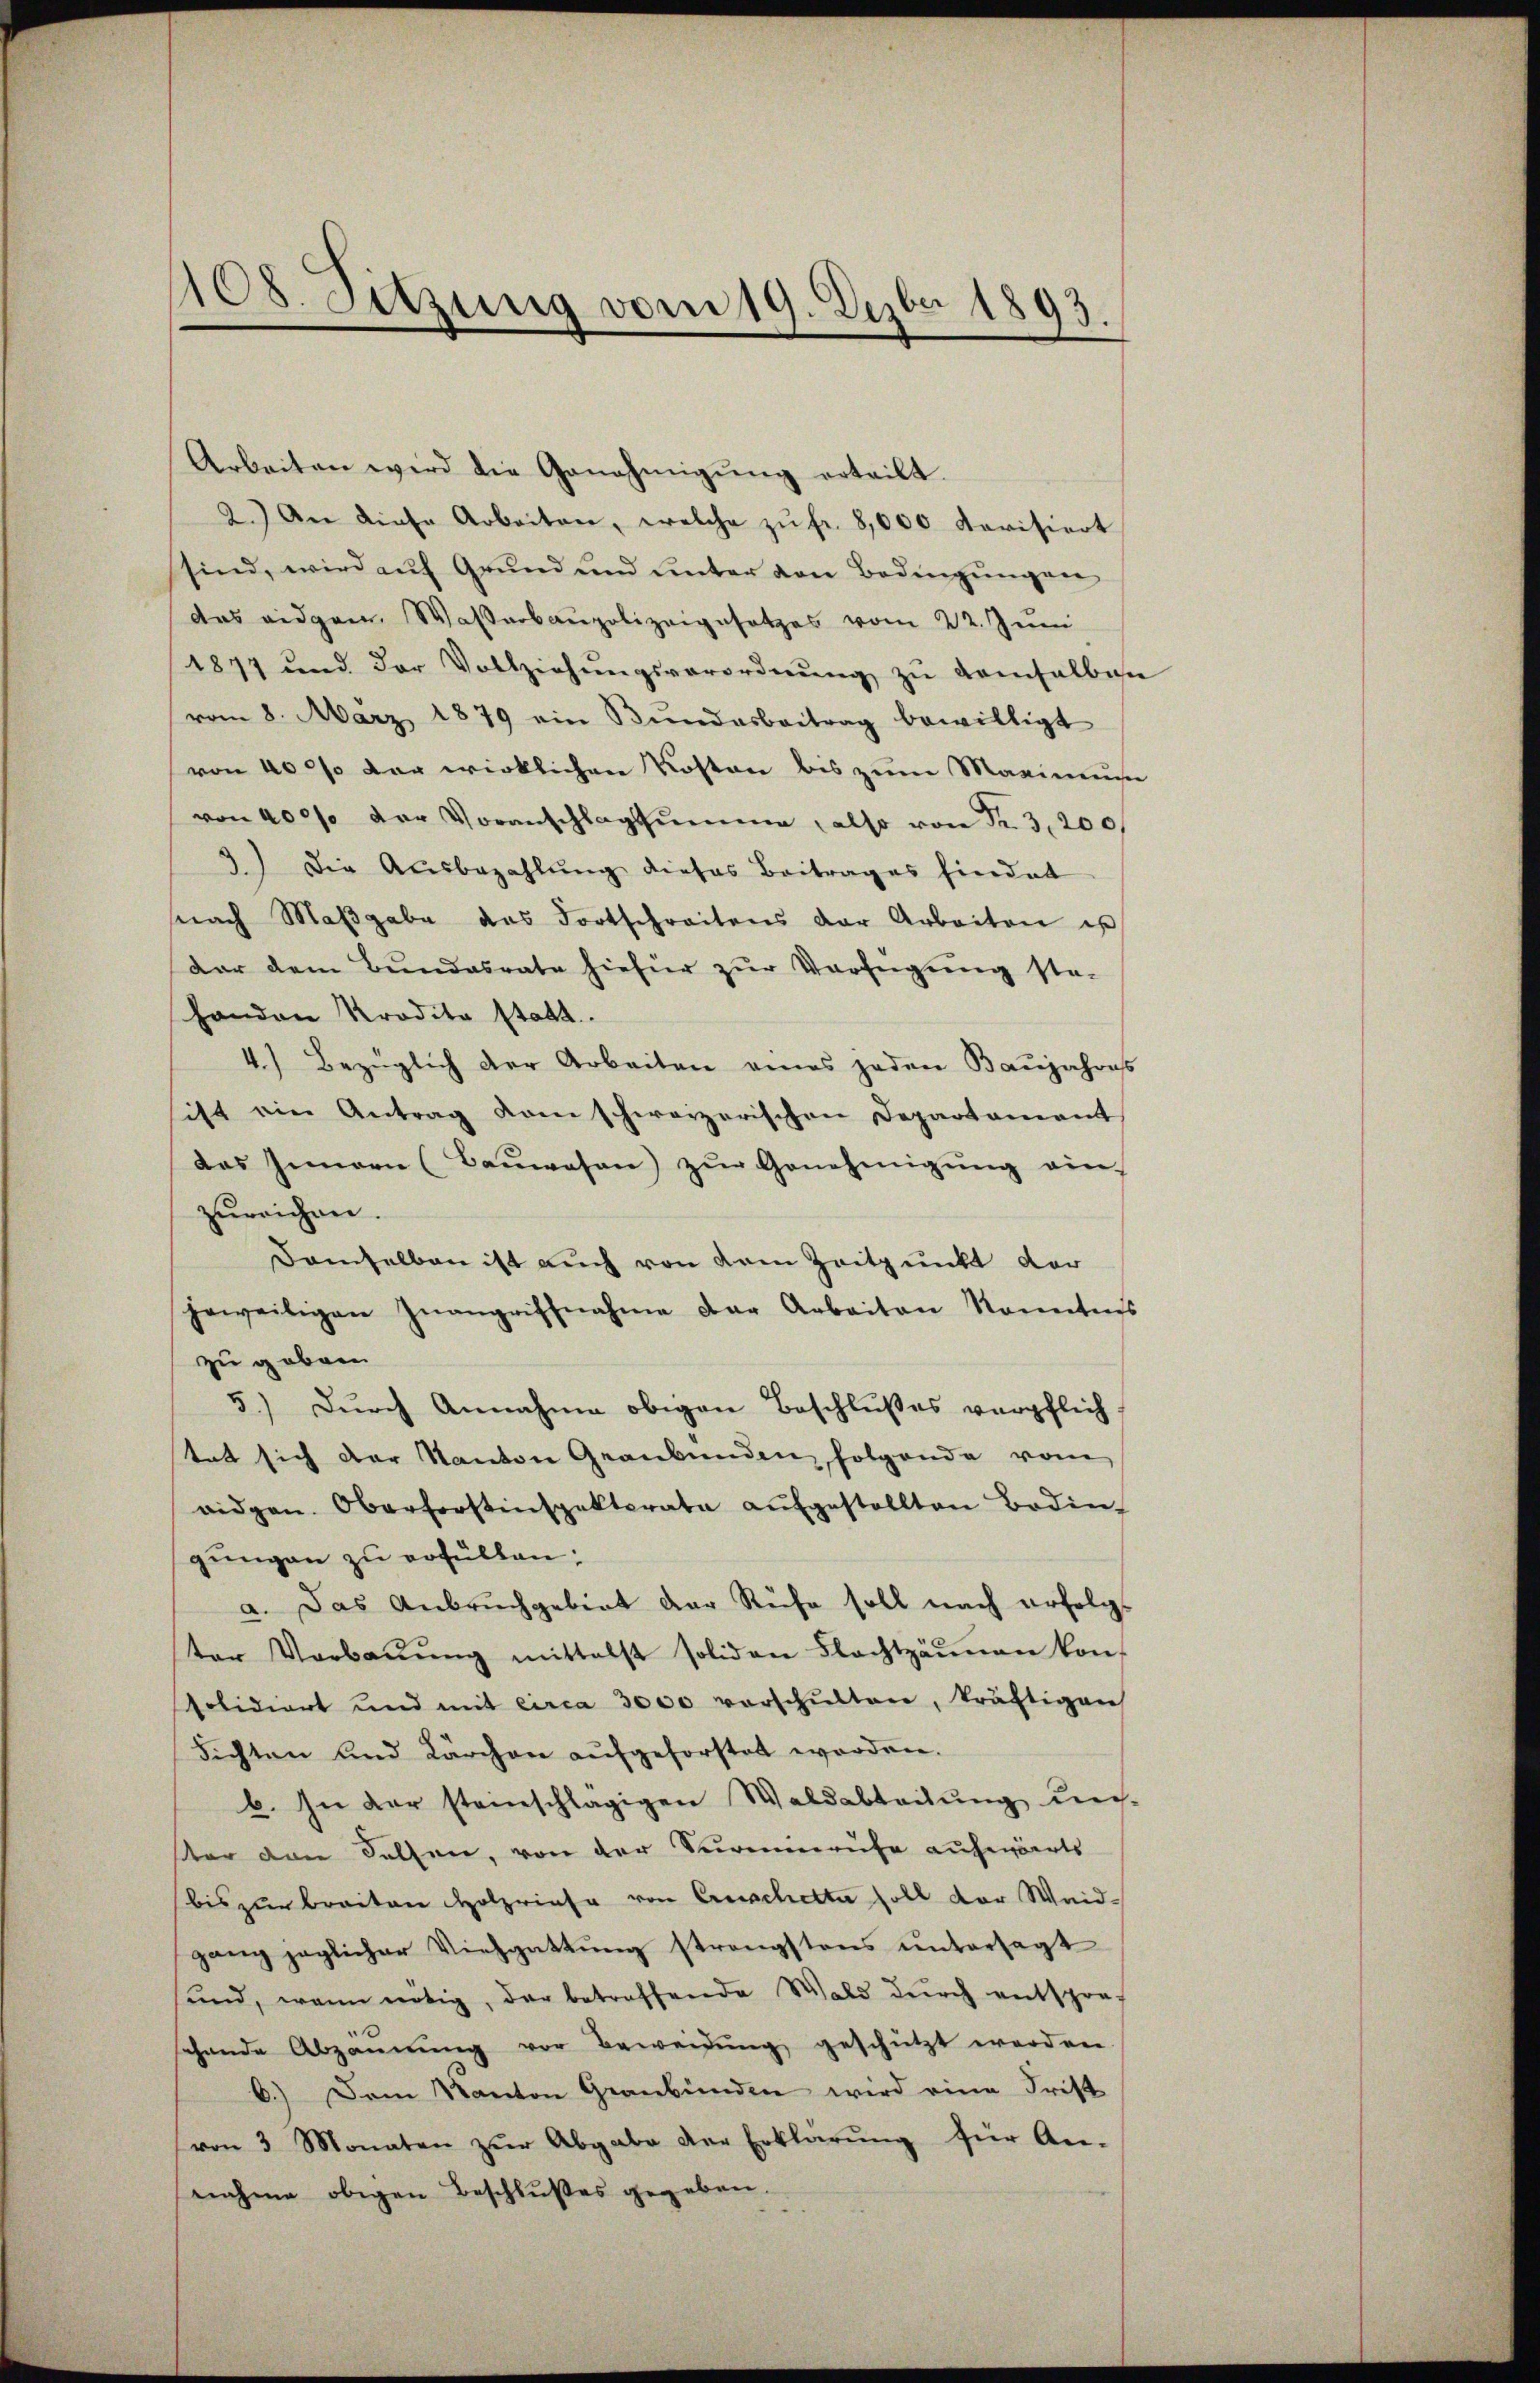
1108. Sitzung vom 19. Dezbr 1893.

Arbeiten wird die Genehmigung erteilt.
2.) An diese Arbeiten, welche zŭ fr. 8,000 Revisiert
sind, wird aŭf Grŭnd und unter von Bedingŭngen
das eidgen. Wasserbaupolizeigesetzes vom 22. Juni
1877 und der Vollziehŭngsverordnŭng zŭ demselben
vom 8. März 1879 ein Bŭndarbeitrag bewilligt
von 40 so der wirklichen Kosten bis zum Marinium
von 400% der Voranschlagssumme, also von Fr. 3,200,
3.) Die Ausbezahlŭng dieses Beitrages findet
nach Maβgabe das Fortschreitens der Arbeiten is
dar dem Bŭndesrate hiefür zŭr Verfügŭng sta-
handen Kredita statt
4.) Bezüglich der Arbeiten eines jeden Baŭjahres
sist ein Antrag kam schweizerischen Departament
das Innern (Baŭwesen zŭr Genehmigŭng ein-
zureichen.
Damselben ist auch von dem Zeitpunkt der
jeweiligen Inangriffnahme der Arbeiten konntes
zu geben
5.) Durch Annahme obigen Beschlußes verpflich
tat sich der Kanton Graubünden folgende vom
widgen. Oberforstinspektorata aŭfgestellten Boden-
gŭngen zu erfüllen:
a. Das Anbruchgebiet der Rufe soll nach erfolgter Verbaŭŭng mittelst soliden Flachtzäunen kon-
solidiert und mit circa 3000 vorschŭlten, kräftigen
Sichten und Kärchen aŭfgeforstet worden.
b. In der steinschlägigen Waldabteilŭng ŭn-
ster den Fallen, von der Surminruhe aufwärts
bis zur Breiten Holzriefe von Crischette soll der Weidgang jeglicher Viehgattung strengstens untersagt
sund, wenn nötig, der betreffende Wald dŭrch entspre-
chende Abzannung vor Beweidŭng geschützt werden
6.) Dem Kanton Graubünden wird eine Frist
von 3 Monaten zŭr Abgabe der Erklärŭng für An-
nahme obigen Beschlußes gegeben.